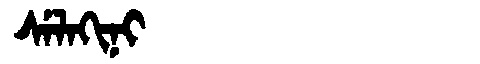
Manchu: ᠰᡝᠯᠠᡴᡳᠨᡳ
Romanization: SELAKINI